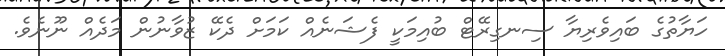
ހަޔާތުގެ ބައިވެރިޔާ ސިނގިރޭޓް ބުއިމަކީ ފެޝަނެއް ކަމަށް ދެކޭ ޒުވާނުން މަދެއް ނޫނެވެ.